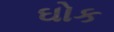
ઘોક